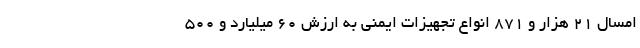
امسال ۲۱ هزار و ۸۷۱ انواع تجهیزات ایمنی به ارزش ۶۰ میلیارد و ۵۰۰